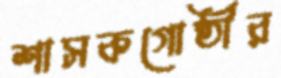
শাসকগোষ্ঠীর